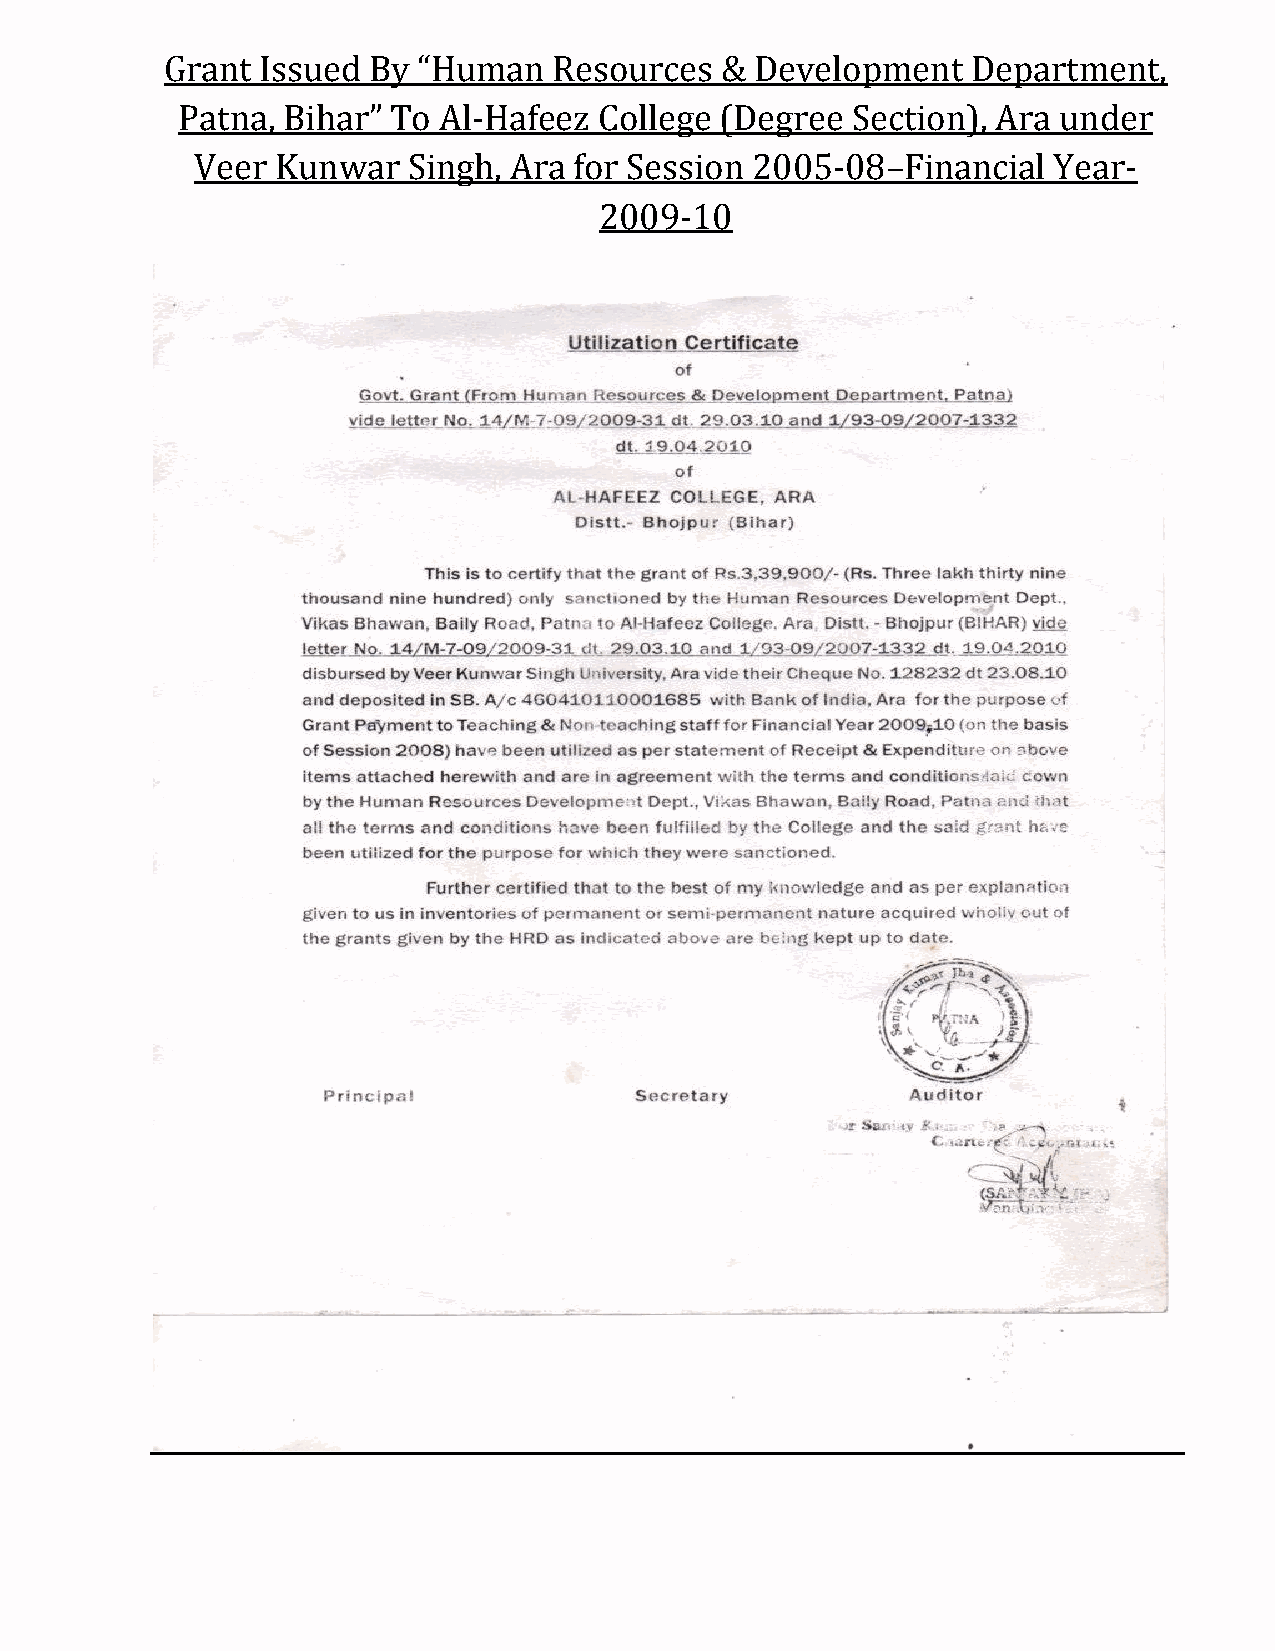
Grant Issued By  “Human   Resources  & Development   Department,
 Patna, Bihar” To Al-Hafeez  College (Degree Section), Ara under
 Veer Kunwar   Singh, Ara for Session 2005-08–Financial   Year-
 2009-10